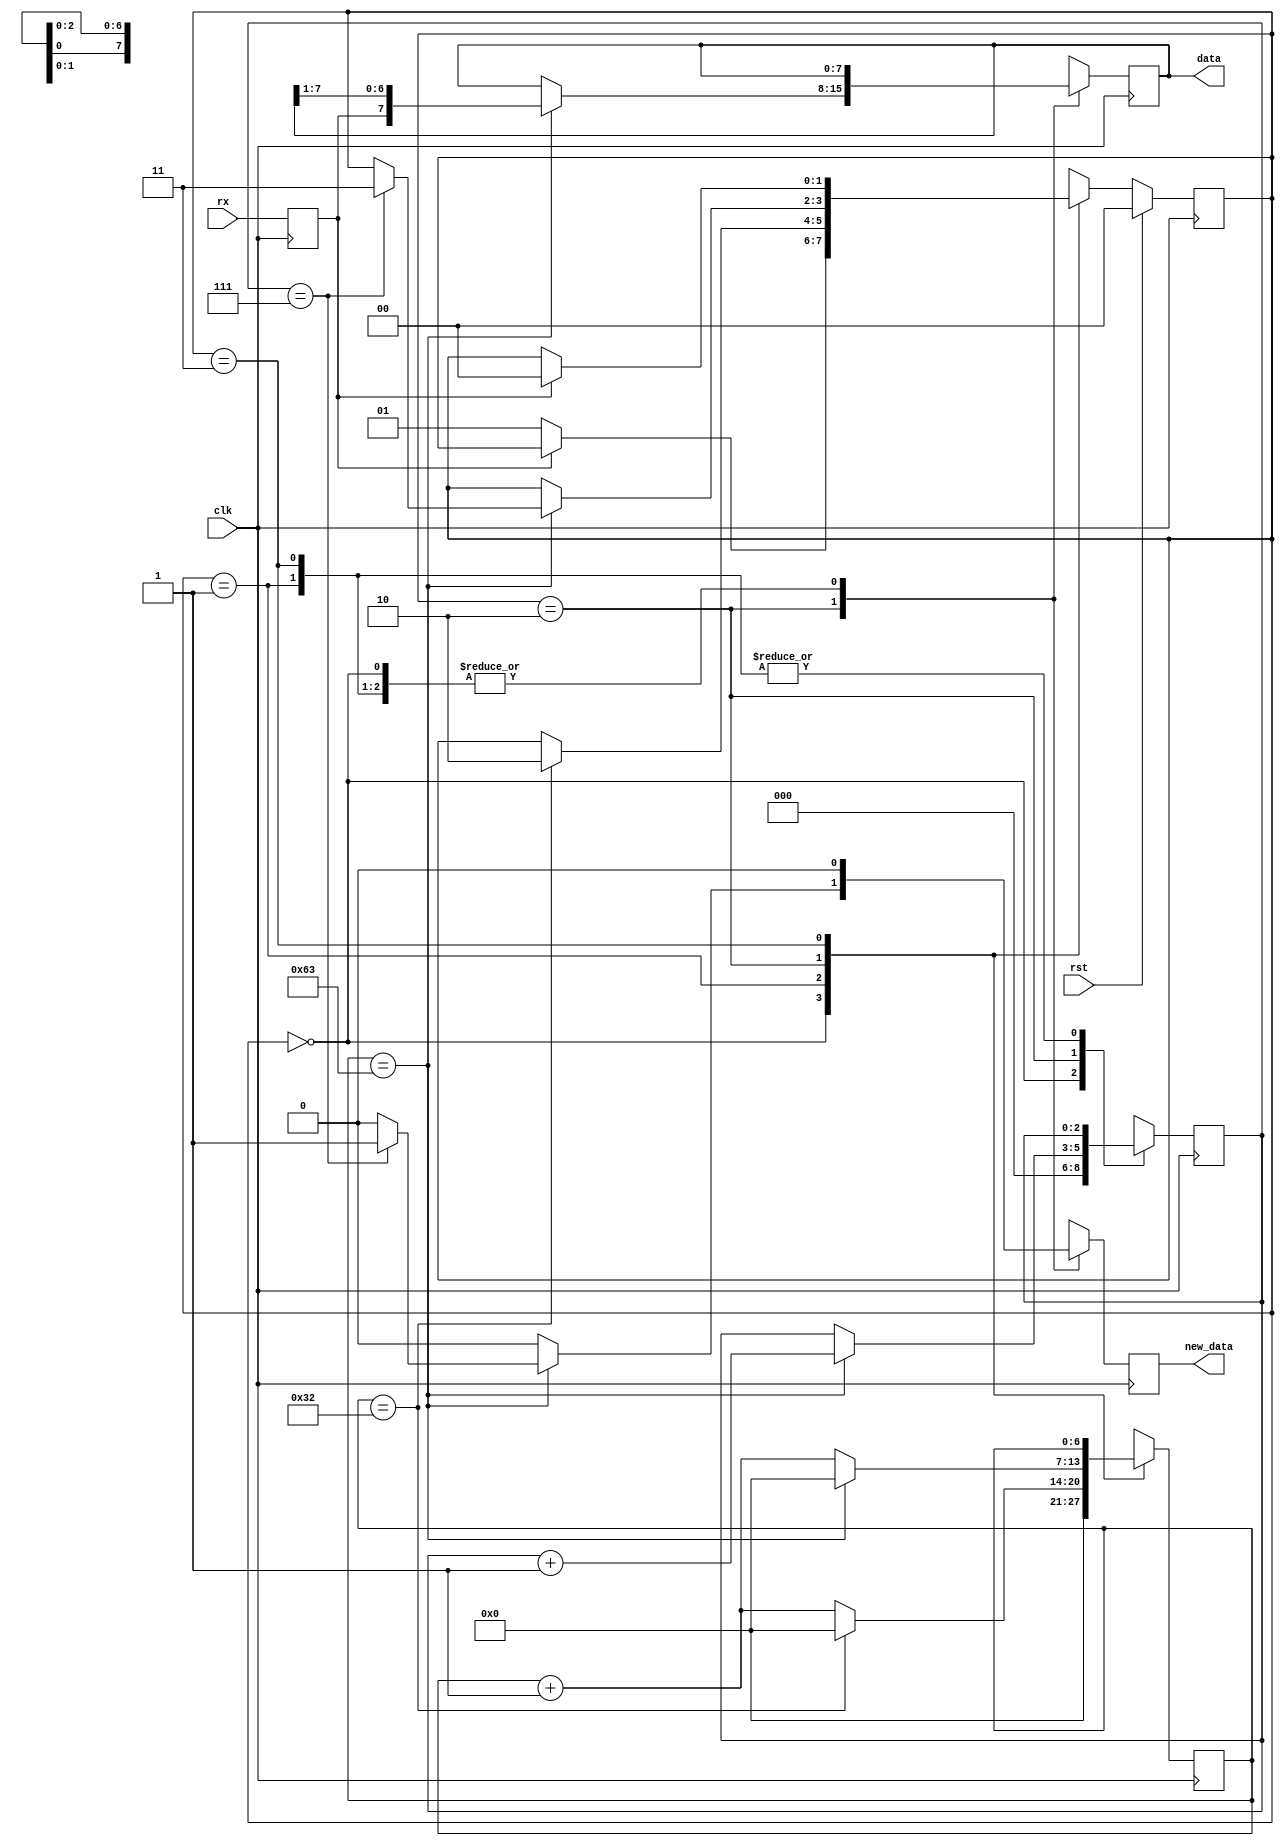
/*
   This file was generated automatically by the Mojo IDE version B1.3.6.
   Do not edit this file directly. Instead edit the original Lucid source.
   This is a temporary file and any changes made to it will be destroyed.
*/

/*
   Parameters:
     CLK_FREQ = CLK_FREQ
     BAUD = BAUD
*/
module uart_rx_6 (
    input clk,
    input rst,
    input rx,
    output reg [7:0] data,
    output reg new_data
  );
  
  localparam CLK_FREQ = 26'h2faf080;
  localparam BAUD = 19'h7a120;
  
  
  localparam CLK_PER_BIT = 28'h0000064;
  
  localparam CTR_SIZE = 3'h7;
  
  localparam IDLE_state = 2'd0;
  localparam WAIT_HALF_state = 2'd1;
  localparam WAIT_FULL_state = 2'd2;
  localparam WAIT_HIGH_state = 2'd3;
  
  reg [1:0] M_state_d, M_state_q = IDLE_state;
  reg [6:0] M_ctr_d, M_ctr_q = 1'h0;
  reg [2:0] M_bitCtr_d, M_bitCtr_q = 1'h0;
  reg [7:0] M_savedData_d, M_savedData_q = 1'h0;
  reg M_newData_d, M_newData_q = 1'h0;
  reg M_rxd_d, M_rxd_q = 1'h0;
  
  always @* begin
    M_state_d = M_state_q;
    M_newData_d = M_newData_q;
    M_bitCtr_d = M_bitCtr_q;
    M_savedData_d = M_savedData_q;
    M_rxd_d = M_rxd_q;
    M_ctr_d = M_ctr_q;
    
    M_rxd_d = rx;
    M_newData_d = 1'h0;
    data = M_savedData_q;
    new_data = M_newData_q;
    
    case (M_state_q)
      IDLE_state: begin
        M_bitCtr_d = 1'h0;
        M_ctr_d = 1'h0;
        if (M_rxd_q == 1'h0) begin
          M_state_d = WAIT_HALF_state;
        end
      end
      WAIT_HALF_state: begin
        M_ctr_d = M_ctr_q + 1'h1;
        if (M_ctr_q == 28'h0000032) begin
          M_ctr_d = 1'h0;
          M_state_d = WAIT_FULL_state;
        end
      end
      WAIT_FULL_state: begin
        M_ctr_d = M_ctr_q + 1'h1;
        if (M_ctr_q == 29'h00000063) begin
          M_savedData_d = {M_rxd_q, M_savedData_q[1+6-:7]};
          M_bitCtr_d = M_bitCtr_q + 1'h1;
          M_ctr_d = 1'h0;
          if (M_bitCtr_q == 3'h7) begin
            M_state_d = WAIT_HIGH_state;
            M_newData_d = 1'h1;
          end
        end
      end
      WAIT_HIGH_state: begin
        if (M_rxd_q == 1'h1) begin
          M_state_d = IDLE_state;
        end
      end
      default: begin
        M_state_d = IDLE_state;
      end
    endcase
  end
  
  always @(posedge clk) begin
    M_ctr_q <= M_ctr_d;
    M_bitCtr_q <= M_bitCtr_d;
    M_savedData_q <= M_savedData_d;
    M_newData_q <= M_newData_d;
    M_rxd_q <= M_rxd_d;
    
    if (rst == 1'b1) begin
      M_state_q <= 1'h0;
    end else begin
      M_state_q <= M_state_d;
    end
  end
  
endmodule